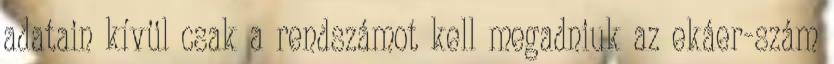
adatain kívül csak a rendszámot kell megadniuk az ekáer-szám